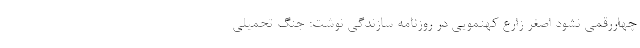
چهاررقمی نشود اصغر زارع کهنمویی در روزنامه سازندگی نوشت: جنگ تحمیلی